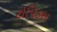
ટોપિકસ